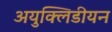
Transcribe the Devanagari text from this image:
अयुक्लिडीयन